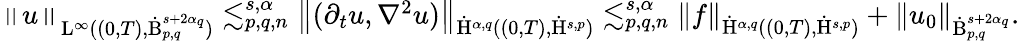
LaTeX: \begin{array}{r}{\left\lVert u\right\rVert_{\mathrm{L}^{\infty}((0,T),\dot{\mathrm{B}}_{p,q}^{s+2\alpha_{q}})}\lesssim_{p,q,n}^{s,\alpha}\left\lVert(\partial_{t}u,\nabla^{2}u)\right\rVert_{\dot{\mathrm{H}}^{\alpha,q}((0,T),\dot{\mathrm{H}}^{s,p})}\lesssim_{p,q,n}^{s,\alpha}\left\lVert f\right\rVert_{\dot{\mathrm{H}}^{\alpha,q}((0,T),\dot{\mathrm{H}}^{s,p})}+\left\lVert u_{0}\right\rVert_{\dot{\mathrm{B}}_{p,q}^{s+2\alpha_{q}}}.}\end{array}